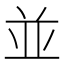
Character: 並